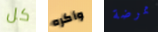
كل وأكره ممرضة